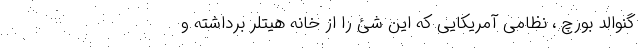
گنوالد بورچ ، نظامی آمریکایی که این شئ را از خانه هیتلر برداشته و